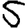
Digit: 5